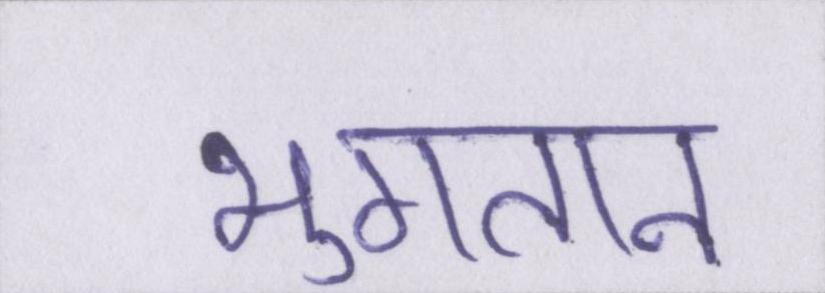
भुगतान